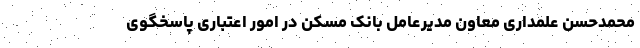
محمدحسن علمداری معاون مدیرعامل بانک مسکن در امور اعتباری پاسخگوی